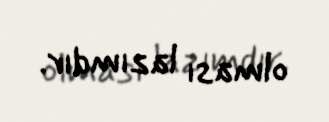
olması lazımdır.